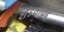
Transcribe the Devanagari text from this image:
शेंडयाकडे